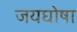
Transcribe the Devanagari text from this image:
जयघोषा